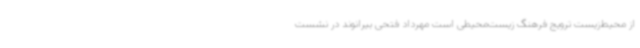
از محیط‌زیست ترویج فرهنگ زیست‌محیطی است مهرداد فتحی بیرانوند در نشست